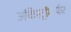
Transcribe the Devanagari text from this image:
ऑर्केस्ट्रॉमार्फत